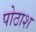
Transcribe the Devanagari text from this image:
पोठाश